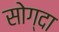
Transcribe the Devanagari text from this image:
सोग्दा